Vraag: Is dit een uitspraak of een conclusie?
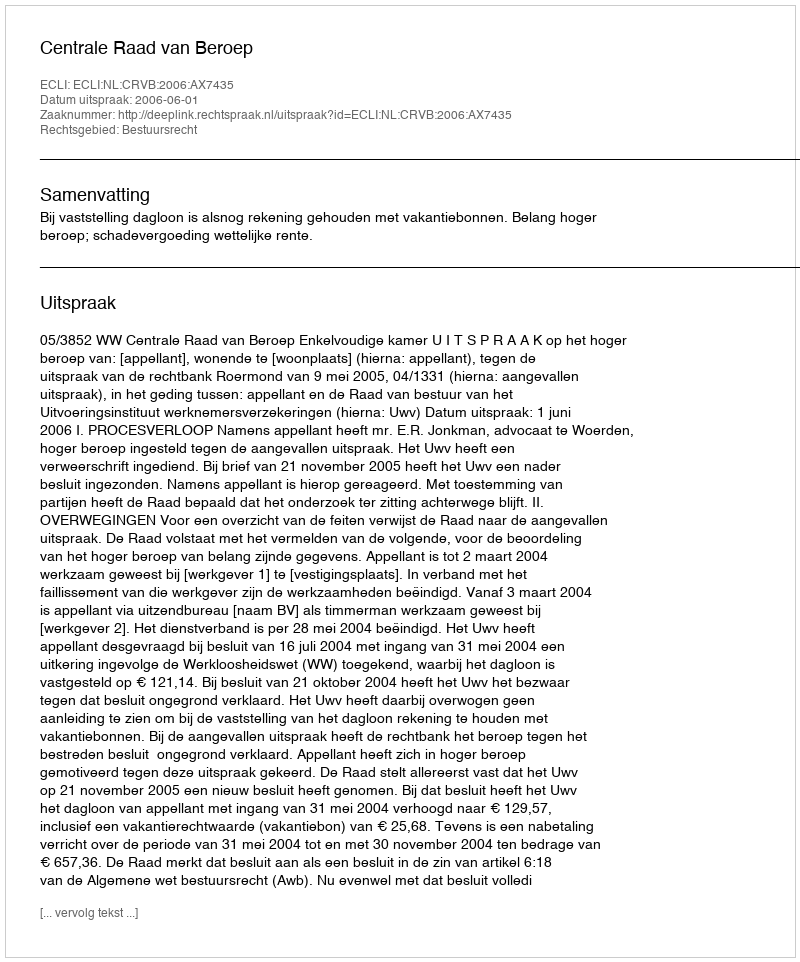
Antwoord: Uitspraak